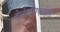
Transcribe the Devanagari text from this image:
टेलेनसिफेलोन